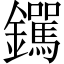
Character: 𫓟